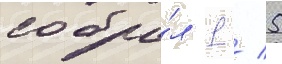
собра́л 1 / 5